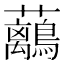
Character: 𧅯